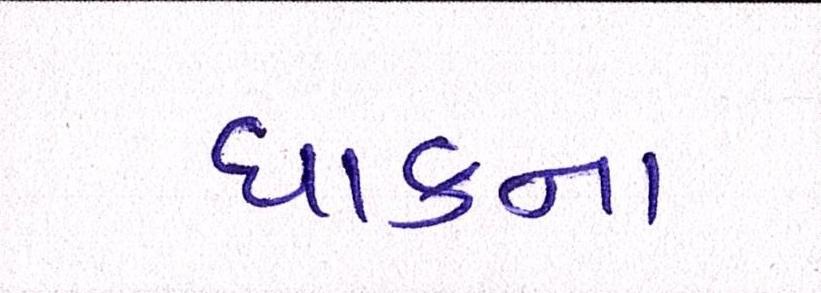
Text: ધાકના